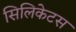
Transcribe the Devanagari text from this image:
सिलिकेटस